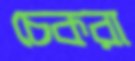
চেকরা